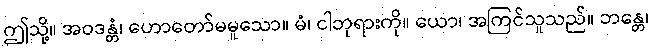
ဤသို့။ အဝဒန္တံ၊ ဟောတော်မမူသော။ မံ၊ ငါဘုရားကို။ ယော၊ အကြင်သူသည်။ ဘန္တေ၊